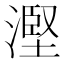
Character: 𣻹